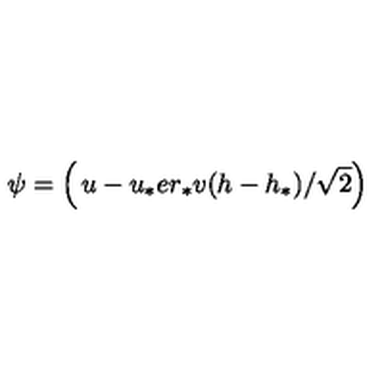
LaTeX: \psi = \left( \begin{matrix} { u - u _ { * } } \\ { e r _ { * } v ( h - h _ { * } ) / \sqrt { 2 } } \\ \end{matrix} \right)